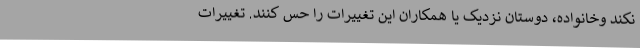
نکند وخانواده، دوستان نزدیک یا همکاران این تغییرات را حس کنند. تغییرات